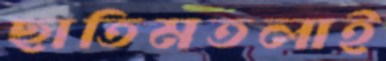
ছাতিমতলাই